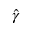
\boldsymbol { \hat { \gamma } }